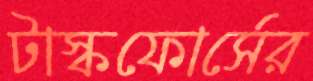
টাস্কফোর্সের